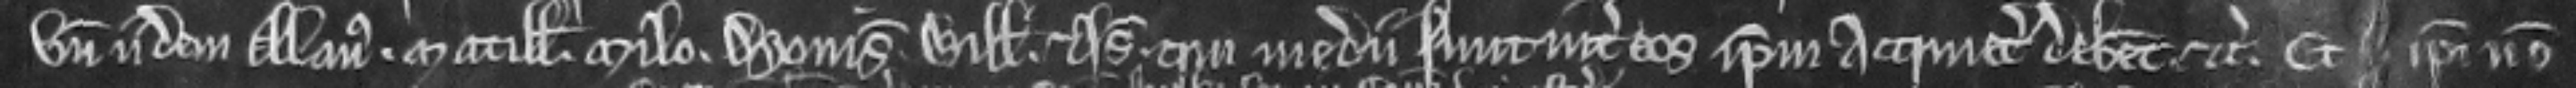
unde idem Alanus. Matillis. Milo. Dyonisia Willelmus. et Isabella. qui medii sunt inter eos ipsum acquietare debent. etc. Et ipsi non